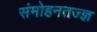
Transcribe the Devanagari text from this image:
संमोहनतज्‍ज्ञ